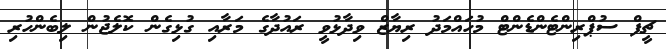
ޗީފް ސުޕްރިންޓެންޑެންޓް މުހައްމަދު ރިޔާޒް ވިދާޅުވީ ރައުދާގެ މަރާއި ގުޅިގެން ކޮލެޖުން ލިބެންހުރި